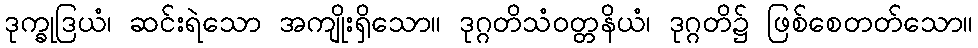
ဒုက္ခုဒြယံ၊ ဆင်းရဲသော အကျိုးရှိသော။ ဒုဂ္ဂတိသံဝတ္တနိယံ၊ ဒုဂ္ဂတိ၌ ဖြစ်စေတတ်သော။